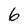
Character: 6